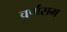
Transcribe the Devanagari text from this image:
वर्णसम